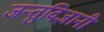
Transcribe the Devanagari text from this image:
जन्तुविज्ञानी